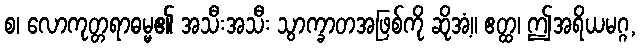
စ၊ လောကုတ္တရာဓမ္မ၏ အသီးအသီး သွာက္ခာတအဖြစ်ကို ဆိုအံ့။ ဧတ္ထ၊ ဤအရိယမဂ္ဂ,